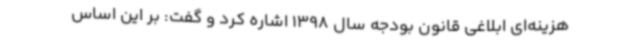
هزینه‌ای ابلاغی قانون بودجه سال 1398 اشاره کرد و گفت: بر این اساس